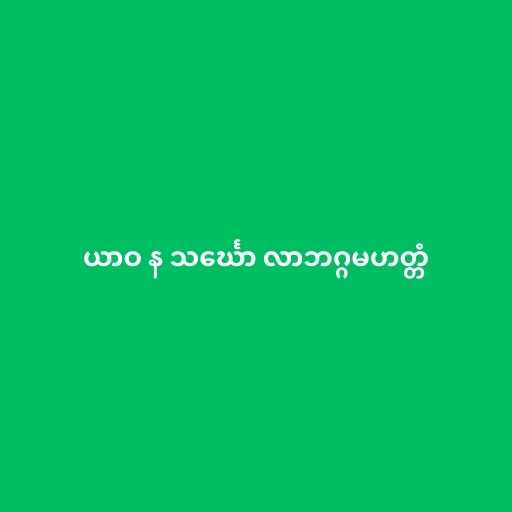
ယာဝ န သင်္ဃော လာဘဂ္ဂမဟတ္တံ